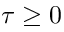
\tau \geq 0